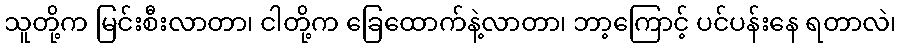
သူတို့က မြင်းစီးလာတာ၊ ငါတို့က ခြေထောက်နဲ့လာတာ၊ ဘာ့ကြောင့် ပင်ပန်းနေ ရတာလဲ၊